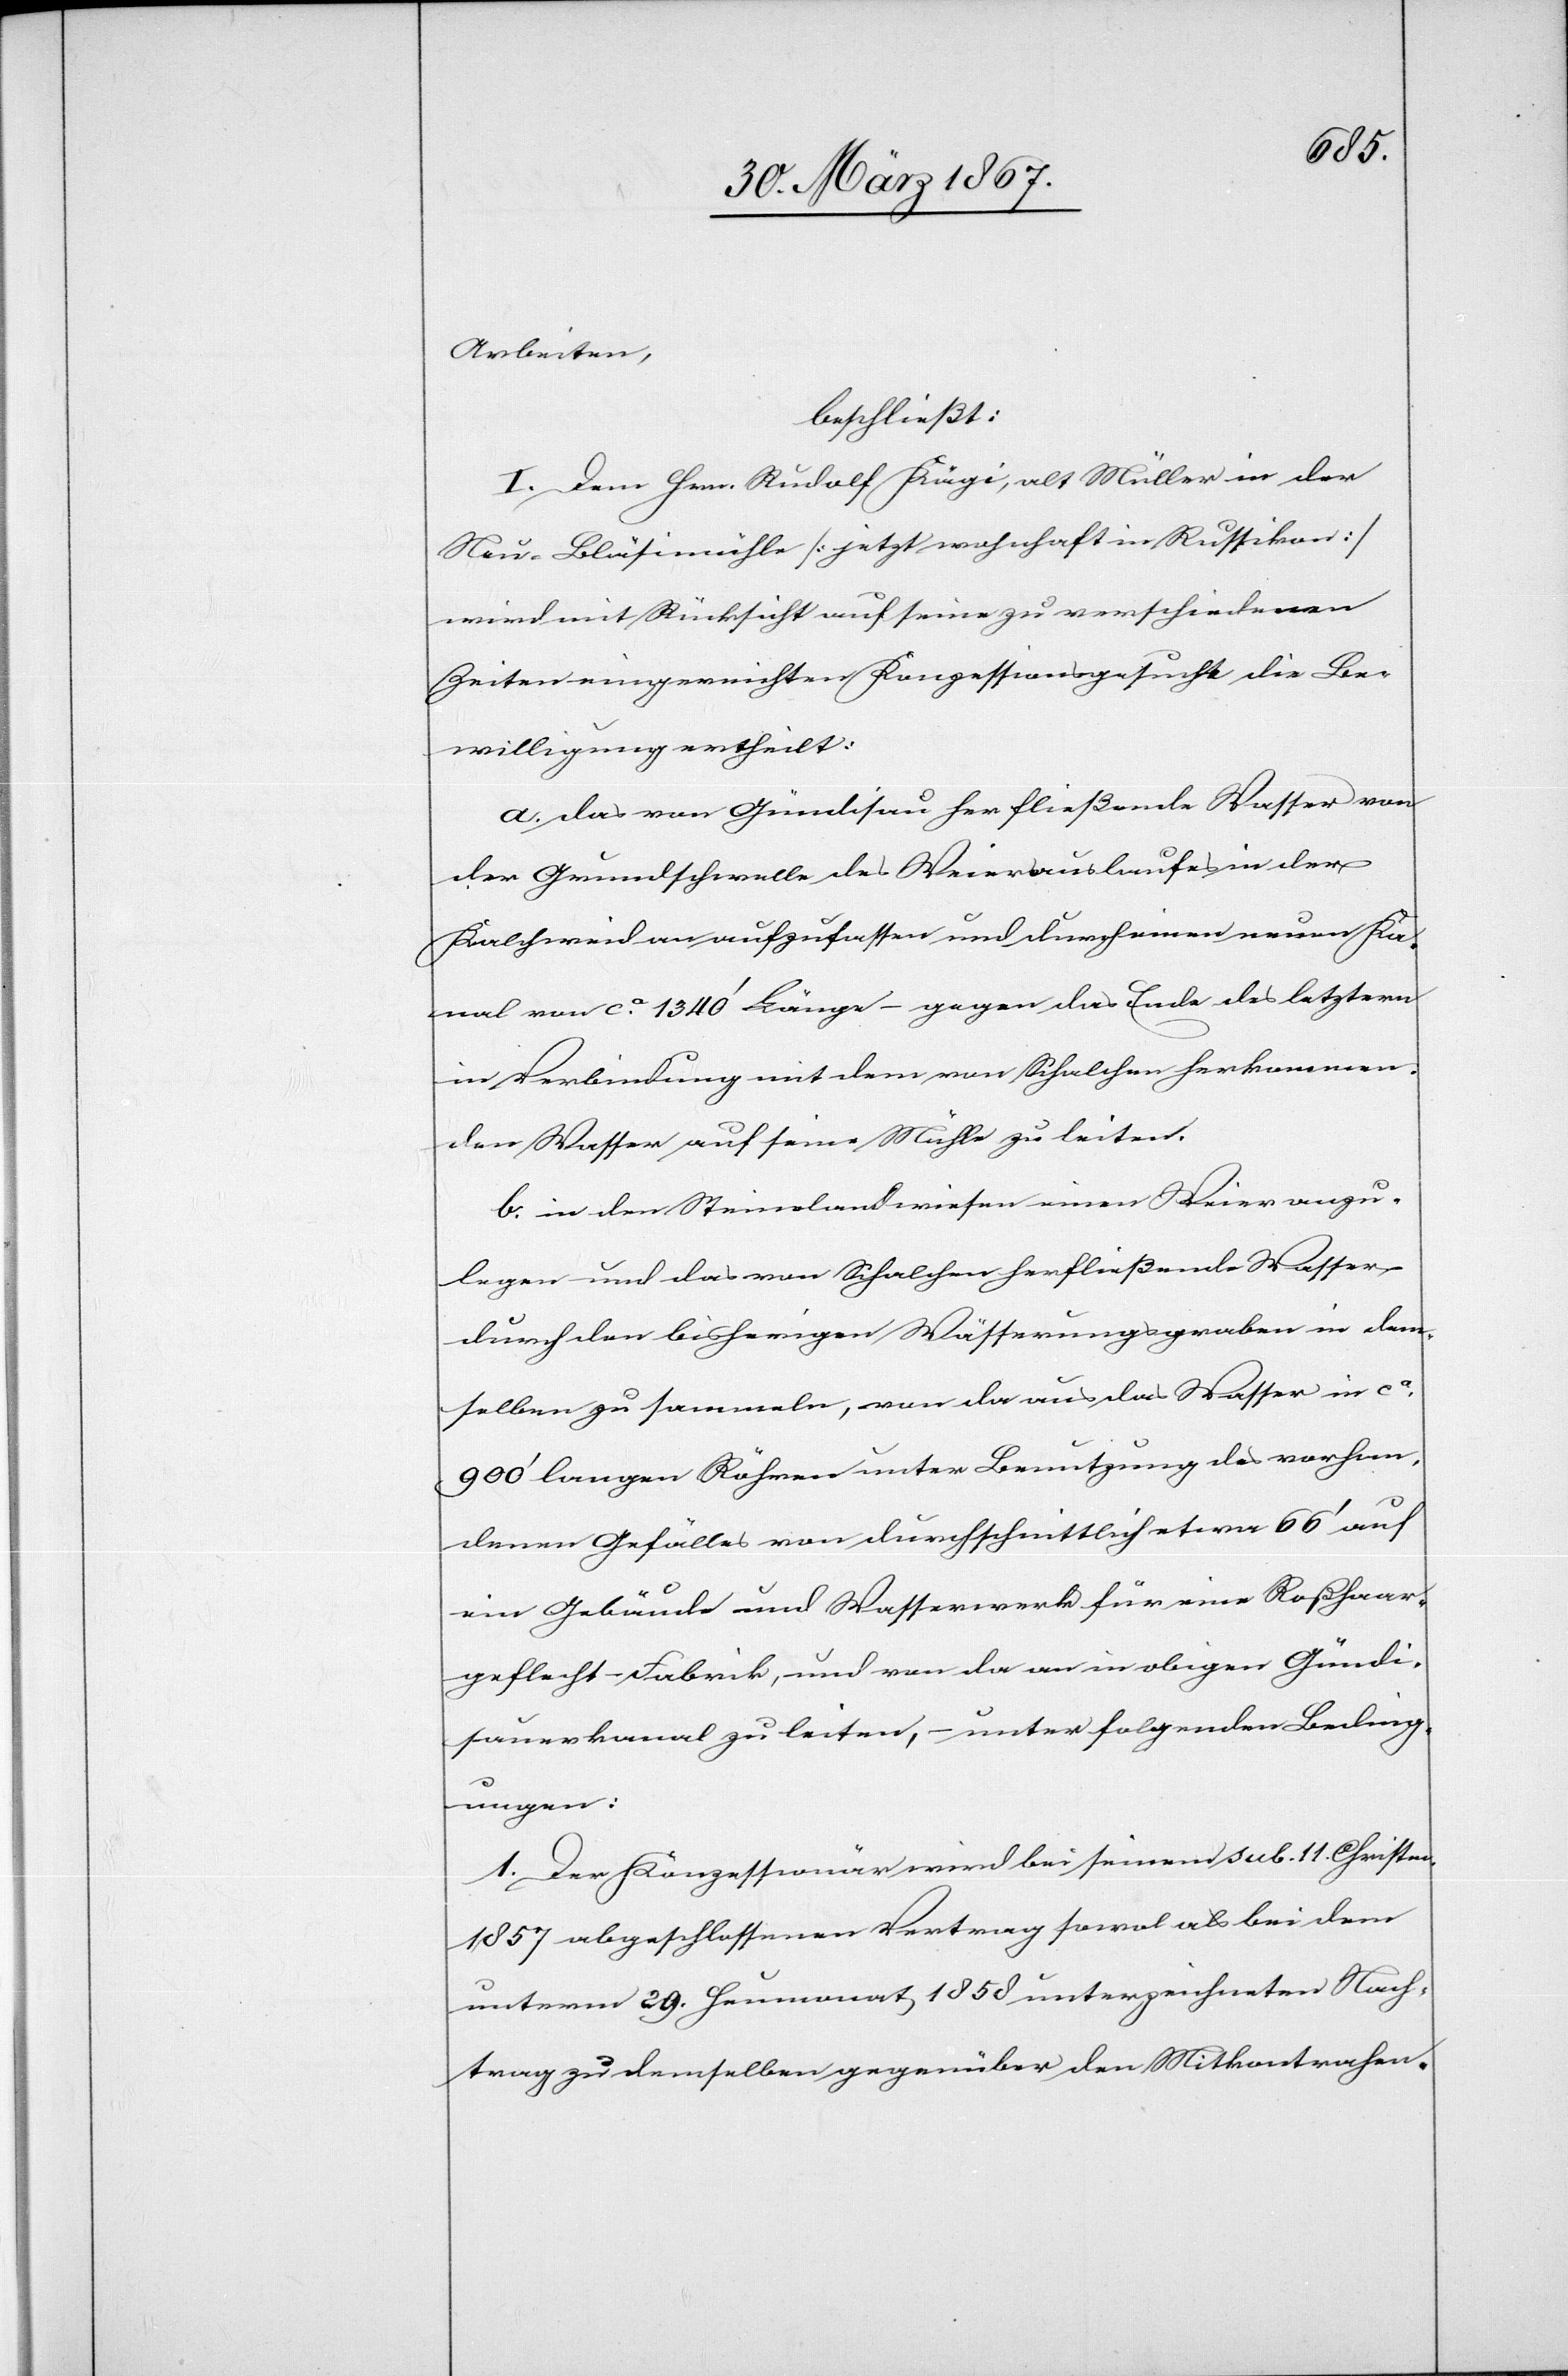
Arbeiten,
beschließt:
I. Dem Hrn. Rudolf Kägi, alt Müller in der
Neu-Bläsimühle [jetzt wohnhaft in Russikon]
wird mit Rücksicht auf seine zu verschiedenen
Zeiten eingereichten Konzessionsgesuche die Be¬
willigung ertheilt.
a. das von Gündisau her fließende Wasser von
der Grundschwelle des Weierauslaufes in der
Kalchweid an aufzufassen und durch einen neuen Ka¬
nal von ca. 1340’ Länge – gegen das Ende des letztern
in Verbindung mit dem von Schalchen herkommen¬
den Wasser auf seine Mühle zu leiten.
b. in den Steinelandwiesen einen Weier anzu¬
legen und das von Schalchen herfließende Wasser
durch den bisherigen Wässerungsgraben in dem¬
selben zu sammeln, von da aus das Wasser in ca.
900’ langen Röhren unter Benutzung des vorhan¬
denen Gefälles von durchschnittlich etwa 66’ auf
ein Gebäude und Wasserwerk für eine Roßhaar¬
geflecht-Fabrik, und von da an in obigen Gündi¬
sauerkanal zu leiten, – unter folgenden Beding¬
ungen:
1. Der Konzessionär wird bei seinem sub. 11. Christm.
1857 abgeschlossenen Vertrag sowol als bei dem
unterm 29. Heumonat 1858 unterzeichneten Nach¬
trag zu demselben gegenüber den Mitkontrahen-